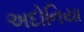
અદોનિયા